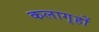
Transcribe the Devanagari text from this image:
कलागृहों